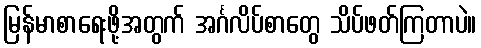
မြန်မာစာရေးဖို့အတွက် အင်္ဂလိပ်စာတွေ သိပ်ဖတ်ကြတာပဲ။